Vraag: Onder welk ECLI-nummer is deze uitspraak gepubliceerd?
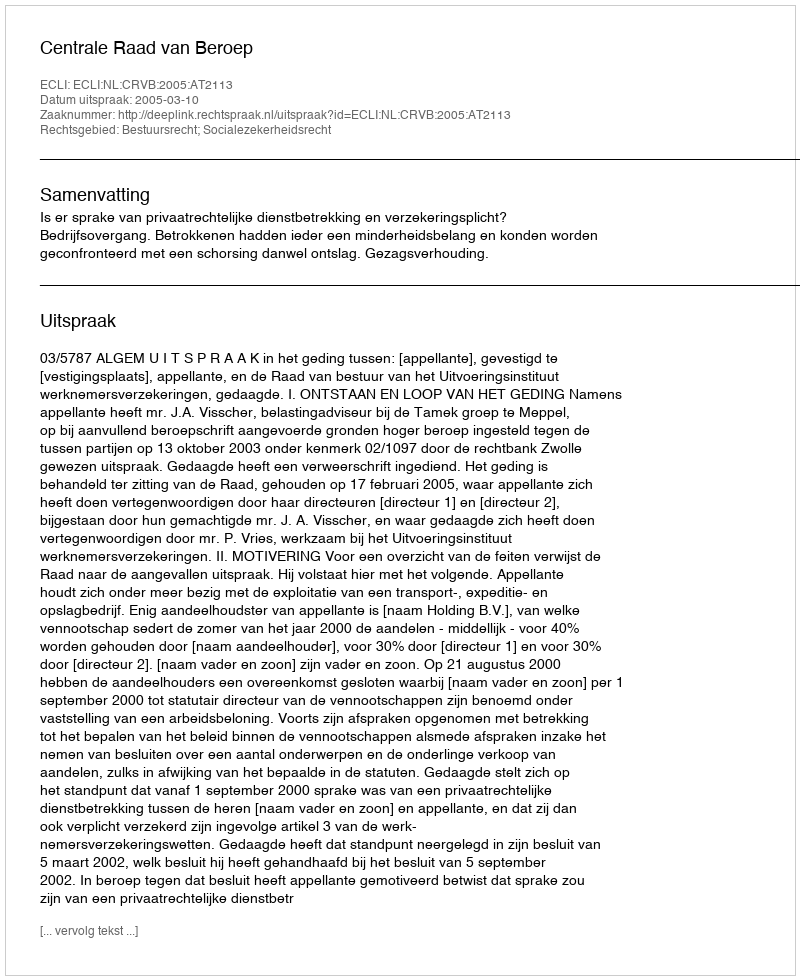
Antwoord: ECLI:NL:CRVB:2005:AT2113